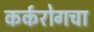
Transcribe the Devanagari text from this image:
कर्करोगचा